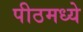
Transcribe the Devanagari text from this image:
पीठमध्ये